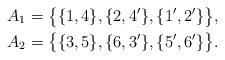
LaTeX: \begin{align*} A_1&=\big\{\{1,4\},\{2,4'\},\{1',2'\}\big\},\\ A_2&=\big\{\{3,5\},\{6,3'\},\{5',6'\}\big\}. \end{align*}